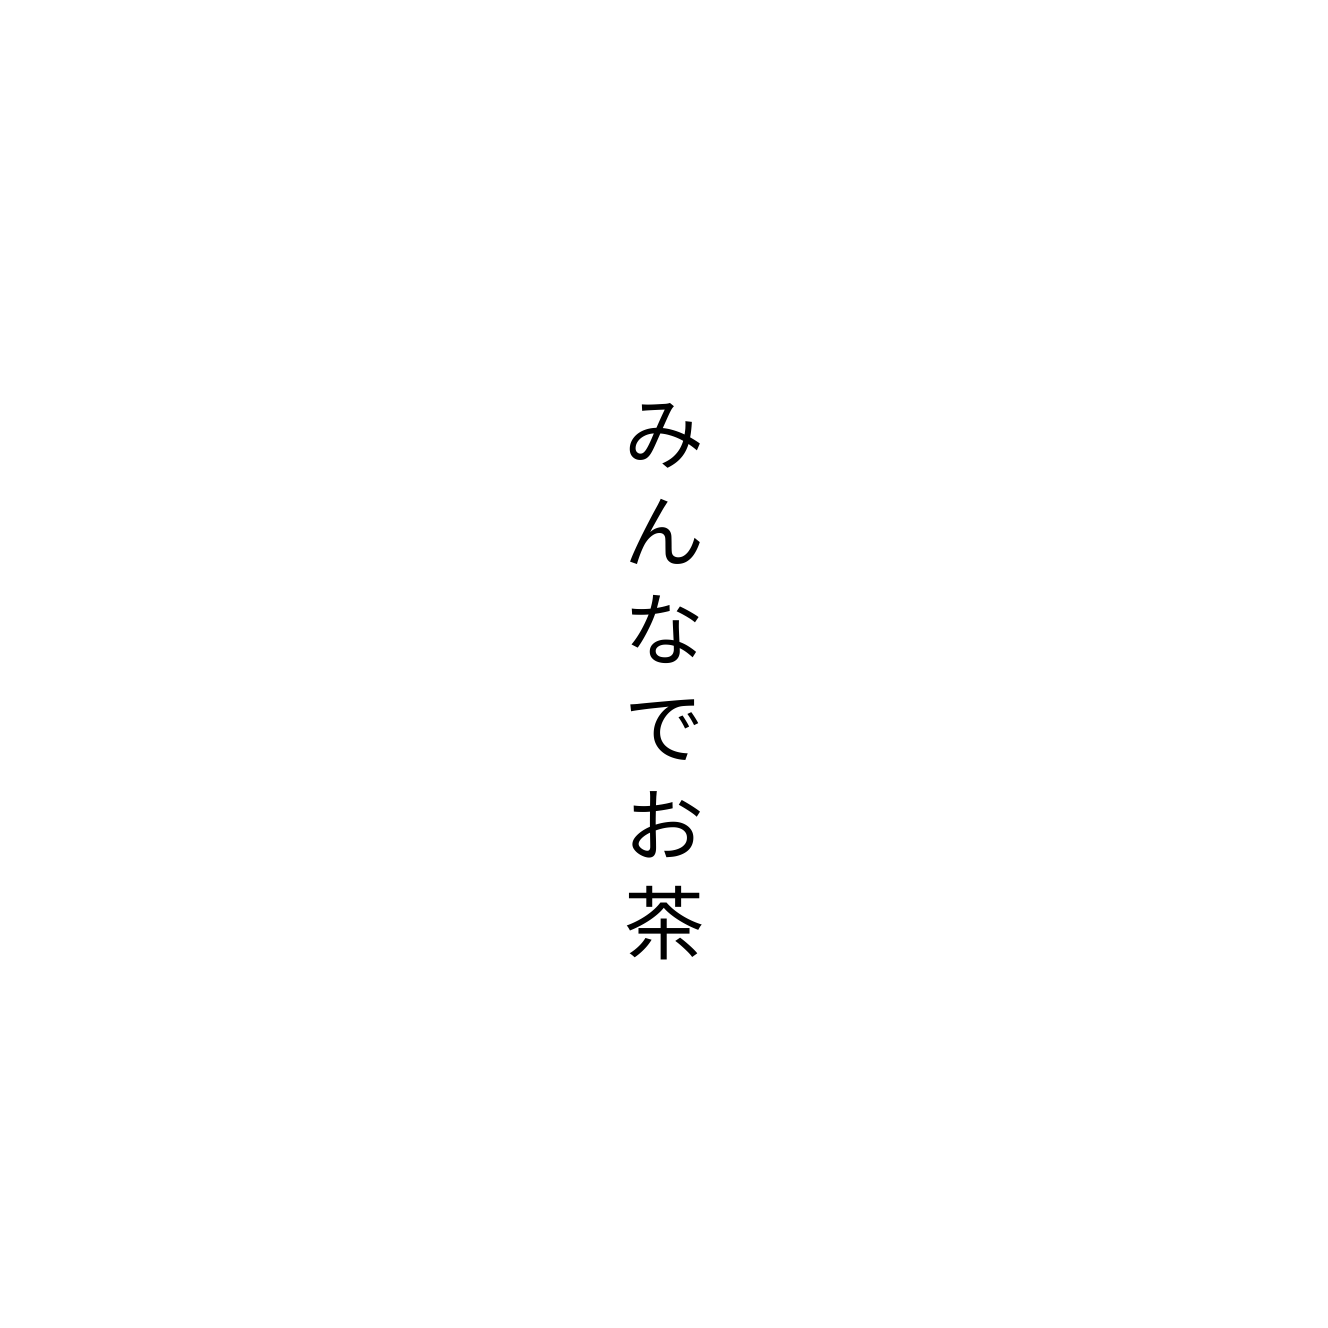
みんなでお茶